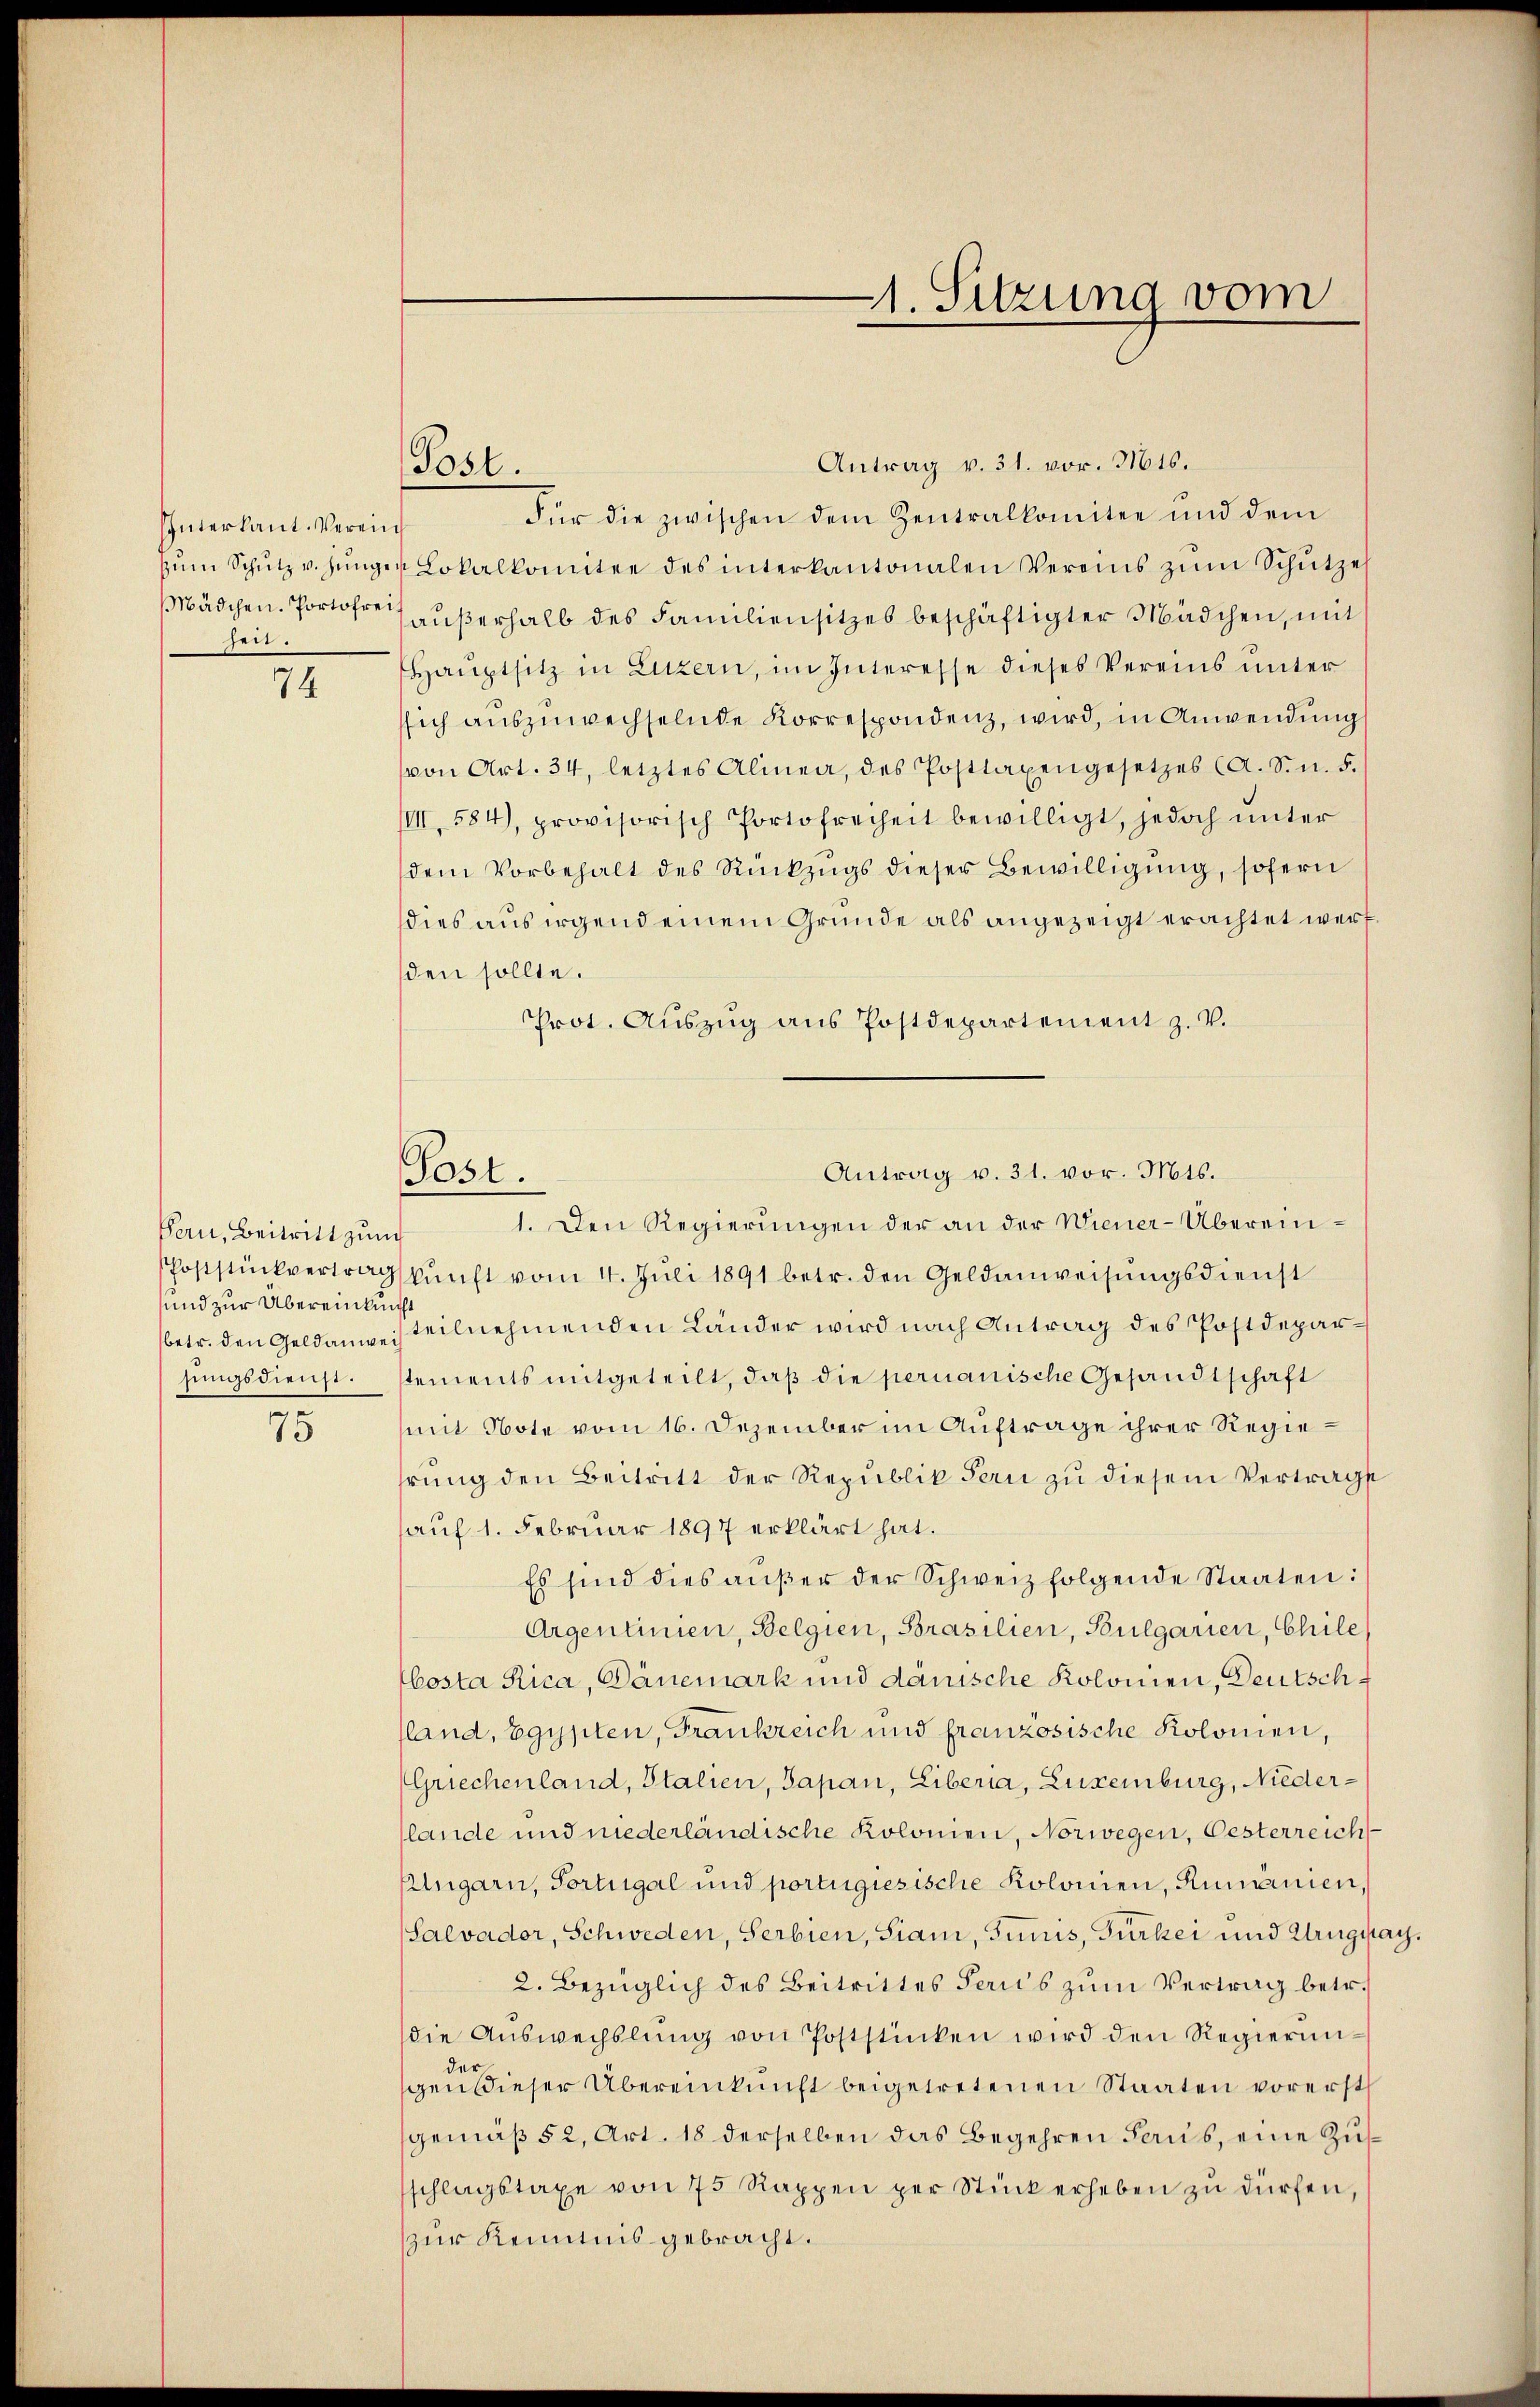
Interkant. Vereins
heit.

74

Pern, Beitritt zum
Poststückvertrag
und zur Übereinkunft

75

Post.

Post.

Antrag v. 31. vor. Mts.
Für die zwischen dem Zentralkomitee und dem
zŭm Schŭtz v. Jünger Lokalkomitee des interkantonalen Vereins zŭm Schütze
Mädchen. Portore außerhalb des Familiensitzes beschäftigter Mädchen, mit
Hauptsitz in Luzern, im Interesse dieses Vereins unter
ssich auszuwechselnde Korrespondenz, wird, in Anwendung
von Art. 34, letztes Alinea, des Posttaxengesetzes (A. Sn. 5.
IIII. 584), provisorisch Portofreiheit bewilligt, jedoch unter
dem Vorbehalt des Rückzugs dieser Bewilligung, sofern
dies aus irgend einem Grunde als angezeigt erachtet wert.
den sollte.
Prot. Aŭszŭg ans Postdepartement z. v.
1. Den Regierungen der an der Wiener-Übereinkunft vom 4. Juli 1891 betr. den Geldanweisungsdienst
betr. den Geldanweisteilnehmenden Länder wird nach Antrag des Postdeparhŭngsdienst. Stements mitgeteilt, daß die permanische Gesandtschaft
mit Note vom 16. Dezember im Auftrage ihrer Regierŭng den Beitritt der Republik Bern zu diesem Vertrags
sauf 1. Februar 1897 erklärt hat.
Es sind dies aŭβer der Schweiz folgende Staaten:
Argentinien, Belgien, Brasilien, Bulgarien, Chile
bosta Rica, Dänemark und dänische Kolonien, Deutschsland, Egypten, Frankreich und französische Kolonien,
Griechenland, Italien, Sapan, Liberia, Luxenburg, Niederslande und niederländische Kolonien, Norwegen, Oesterreich
Alngarn, Fortugal und portugiesische Kolonien, Rumänien,
(Salvador, Schweden, Serbien, Siani, Juniis, Gurker und Uruguay.
2. Bezüglich des Beitrittes Jerus zum Vertrag betr.
die Auswechslung von Poststücken wird den Regierunder
gen dieser Übereinkunft beigetretenen Staaten vorerst
gemäß § 2, Art. 18 derselben das Begehren Paus, eine Zusschlagstaxe von 75 Rappen per Stück erheben zŭ dürfen,
zur Kenntnis gebracht.

1. Sitzung vom

Antrag v. 31. vor. Mts.